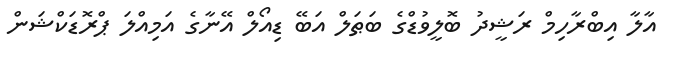
އާލާ އިބްރާހިމް ރަޝީދު ބޮލީވުޑްގެ ބަޠަލް އަބޭ ޑިއޯލް އޭނާގެ އަމިއްލަ ޕްރޮޑަކްޝަން